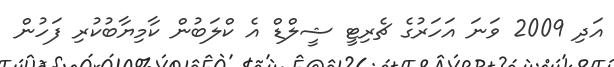
އަދި 2009 ވަނަ އަހަރުގެ ޗެރިޓީ ޝީލްޑް އެ ކްލަބުން ކާމިޔާބުކުރި ފަހުން